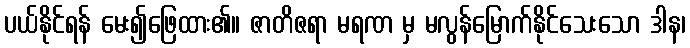
ပယ်နိုင်ရန် မေး၍ဖြေထား၏။ ဇာတိဇရာ မရဏ မှ မလွန်မြောက်နိုင်သေးသော ဒါန၊